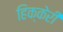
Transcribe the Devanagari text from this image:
हिक्केरी